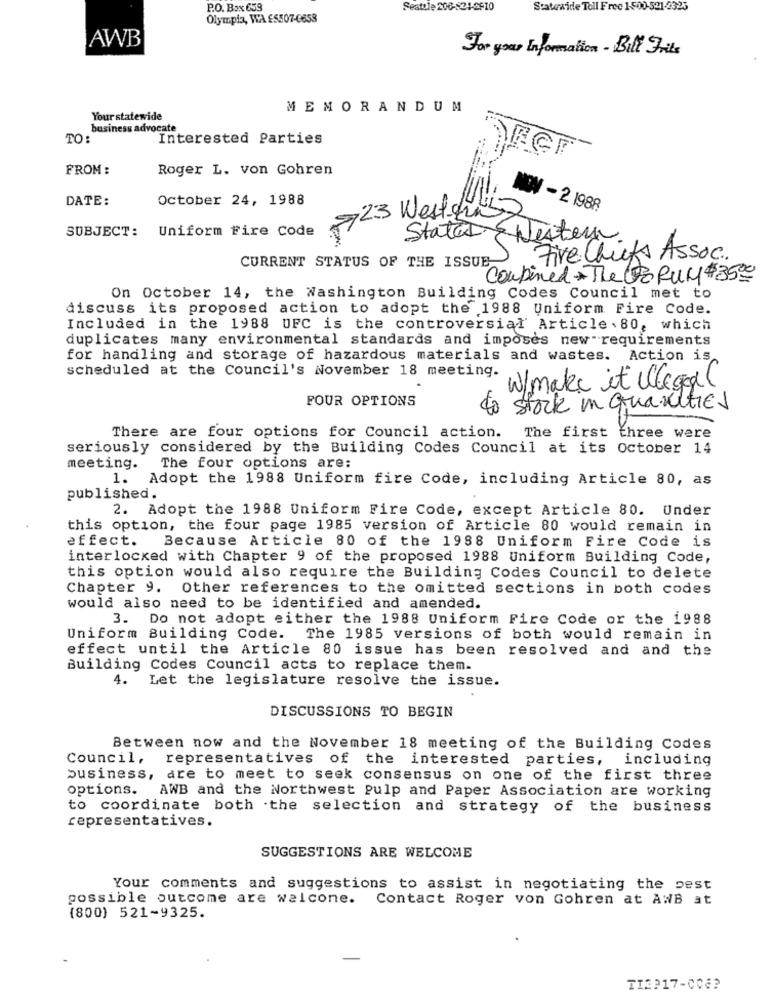
P.O. Box 659
Seattle 200-21-2510
Statewide Toll Free 1500-521-2325
Olympia, WA £5507-6658
AWB
For your Information - Bill Frits
MEMORANDUM
Your statewide
business advocate
TO:
Interested Parties
FROM :
Roger L. von Gohren
DATE:
October 24, 1988
NOV -2 1988
823 Westhig
SUBJECT: Uniform Fire code
Stated & Nester.
CURRENT STATUS OF THE ISSUE-
Five Chicks Assoc.
Combined The Co RUM $350
On October 14, the Washington Building Codes Council met to
discuss its proposed action to adopt the 1988 Uniform Fire Code.
Included in the 1988 UFC is the controversial Article . 80, which
duplicates many environmental standards and imposes new requirements
for handling and storage of hazardous materials and wastes. Action is
scheduled at the Council's November 18 meeting.
W/make it illegal
FOUR OPTIONS
stock in quantities
There are four options for Council action.
The first three were
seriously considered by the Building Codes Council at its October 14
meeting.
The four options are:
1.
Adopt the 1988 Uniform fire Code, including Article 80, as
published.
2. Adopt the 1988 Uniform Fire Code, except Article 80. Under
this option, the four page 1985 version of Article 80 would remain in
effect. Because Article 80 of the 1988 Uniform Fire Code is
interlocked with Chapter 9 of the proposed 1988 Uniform Building Code,
this option would also require the Building Codes Council to delete
Chapter 9. Other references to the omitted sections in both codes
would also need to be identified and amended.
3. Do not adopt either the 1988 Uniform Fire Code or the 1988
Uniform Building Code. The 1985 versions of both would remain in
effect until the Article 80 issue has been resolved and and the
Building Codes Council acts to replace them.
4. Let the legislature resolve the issue.
DISCUSSIONS TO BEGIN
Between now and the November 18 meeting of the Building Codes
Council,
representatives of the interested parties, including
business, are to meet to seek consensus on one of the first three
options. AWB and the Northwest Pulp and Paper Association are working
to coordinate both the selection and strategy of the business
representatives.
SUGGESTIONS ARE WELCOME
Your comments and suggestions to assist in negotiating the pest
possible outcome are walcone. Contact Roger von Gohren at AWB at
(800) 521-9325.
TI2917-008?